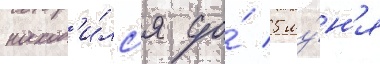
наход'и́лс'я до́ 5 иу́н'я